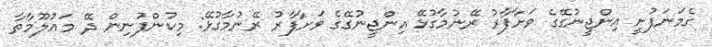
ގެމަނަފުށީ އިންޖީނުގޭގެ ވަށާފާރު ރޭނުމާގުޅޭ އިންޖީނުގޭގެ ވަށާފާރު ރޭނުމާގުޅޭ: މިކުންފުނިން ދޭ މަޢުލޫމާތާ